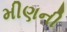
મીણની